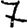
Digit: 7